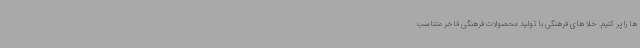
ها را پر کنیم. خلا های فرهنگی با تولید محصولات فرهنگی فاخر متناسب